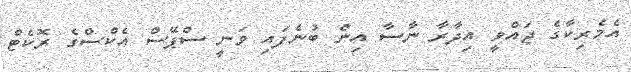
އެމެރިކާގެ ޖައްވީ އިދާރާ ނާސާ އިން ބުނެފައި ވަނީ ސްޕޭސް އެކްސްގެ ރޮކެޓް